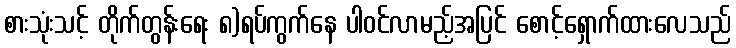
စားသုံးသင့် တိုက်တွန်းရေး ၈)ရပ်ကွက်နေ ပါဝင်လာမည့်အပြင် စောင့်ရှောက်ထားလေသည်